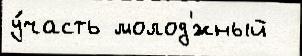
у́часть молод'́жный